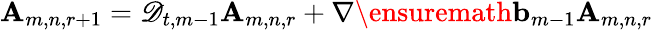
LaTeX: \mathbf{A}_{m,n,r+1}=\mathscr{D}_{t,m-1}\mathbf{A}_{m,n,r}+\nabla\ensuremath{\mathbf{b}}_{m-1}\mathbf{A}_{m,n,r}